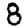
Digit: 8